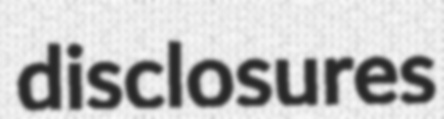
disclosures